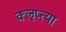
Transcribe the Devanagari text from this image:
क्‍ऌप्‍त्या